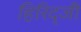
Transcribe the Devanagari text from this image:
हिरिद्जी